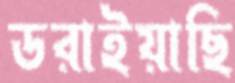
ডরাইয়াছি